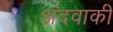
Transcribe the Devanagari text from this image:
अंदवाकी